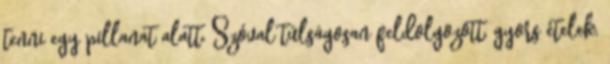
tenni egy pillanat alatt. Szóval túlságosan feldolgozott, gyors ételek,